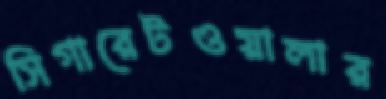
সিগারেটওয়ালার